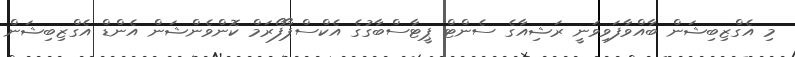
މި އެގްޒިބިޝަން ބާއްވާފަވިވަނީ ރަޝިއާގެ ސެންޓް ޕީޓާސްބާގުގެ އެކްސްޕޯފޯރަމް ކޮންވެންޝަން އެންޑް އެގްޒިބިޝަން